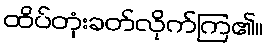
ထိပ်တုံးခတ်လိုက်ကြ၏။